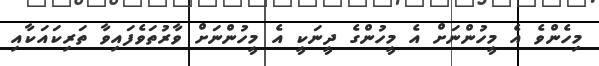
މިހެންވެ އެ މީހުންނަށް އެ މީހުންގެ ދީނަކީ އެ މީހުންނަށް ވާރުތަވެފައިވާ ތަރިކައަކާއި